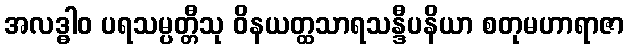
အလဒ္ဓါဝ ပရသမ္ပတ္တီသု ဝိနယတ္ထသာရသန္ဒီပနိယာ စတုမဟာရာဇာ